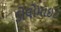
ડોલોમાઇટ